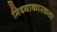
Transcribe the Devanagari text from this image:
मिथ्याकारकता